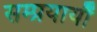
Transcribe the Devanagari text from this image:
सम्प्रयायौं